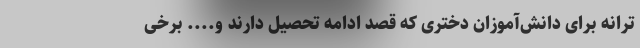
ترانه‌ برای دانش‌آموزان دختری که قصد ادامه تحصیل دارند و.... برخی